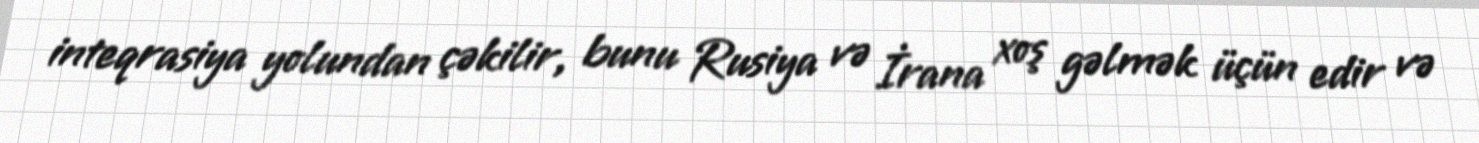
inteqrasiya yolundan çəkilir, bunu Rusiya və İrana xoş gəlmək üçün edir və